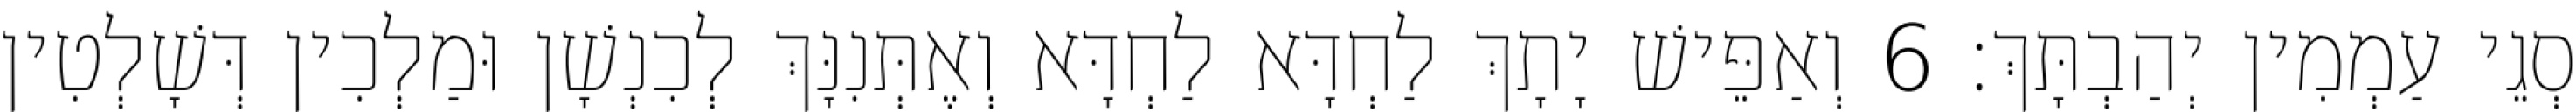
סְגֵי עַמְמִין יְהַבְתָּךְ׃ 6 וְאַפֵּישׁ יָתָךְ לַחְדָּא לַחְדָּא וְאֶתְּנִנָּךְ לְכִנְשָׁן וּמַלְכִין דְּשָׁלְטִין